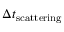
\Delta t _ { \mathrm { s c a t t e r i n g } }